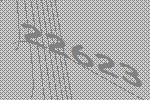
22623